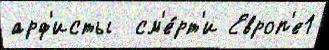
арф'исты  см'е́рт'и Европ'е1